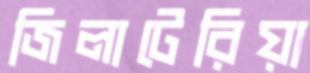
জিলাটেরিয়া